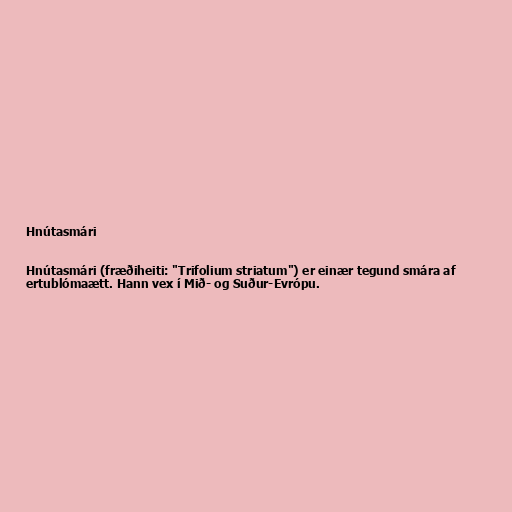
Hnútasmári

Hnútasmári (fræðiheiti: "Trifolium striatum") er einær tegund smára af
ertublómaætt. Hann vex í Mið- og Suður-Evrópu.